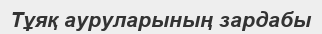
Тұяқ ауруларының зардабы